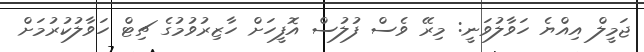
ޖަމީލް އިއްޔެ ހަވާލުވަނީ: މިރޭ ވެސް ފުލުސް އޮފީހަށް ހާޒިރުވުމުގެ ޗިޓް ހަވާލުކުރުމަށް